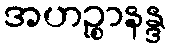
အဟဉ္စာနန္ဒ